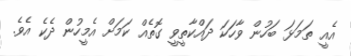
އެއީ ތަމަޅަ ބަހުން ވާހަކަ ދައްކާތީވީ ގޮތެއް ކަމަށް އެމީހުން ދެކެ އެވެ.